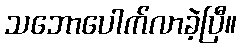
သဘောပေါက်လာခဲ့ပြီ။